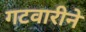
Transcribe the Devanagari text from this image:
गटवारीने